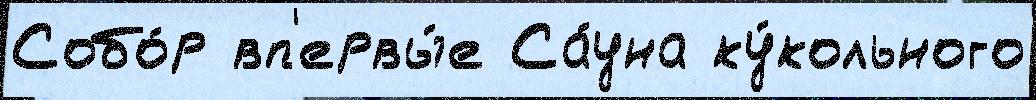
Собо́р вп'ервы́е Са́уна ку́кольного